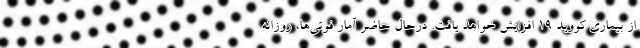
از بیماری کووید ۱۹ افزایش خواهد یافت. درحال حاضر آمار فوتی‌ها، روزانه